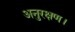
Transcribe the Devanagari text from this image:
अनुरक्षण।